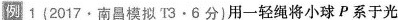
例1 {2017 · 南昌模拟T3 · 6分)用一轻绳将小球P系于光